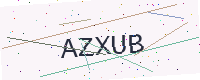
Text: AZXUB